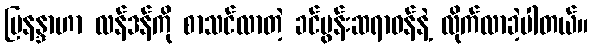
မြနန္ဒာဟာ လန်ဒန်ကို စာသင်လာတဲ့ ခင်ပွန်းဆရာဝန်နဲ့ လိုက်လာခဲ့ပါတယ်။